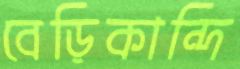
বেড়িকান্দি